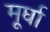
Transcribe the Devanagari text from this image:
मूर्घा